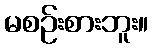
မစဉ်းစားဘူး။